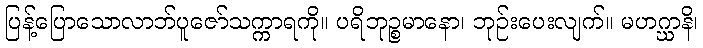
ပြန့်ပြောသောလာဘ်ပူဇော်သက္ကာရကို။ ပရိဘုဉ္စမာနော၊ ဘုဉ်းပေးလျက်။ မဟဂ္ဃာနိ၊